Vital statistics of India. Vol. IV, Annual returns from 1871 to 1876. British Army of India, Native Army and jails of Bengal
Year: 1871
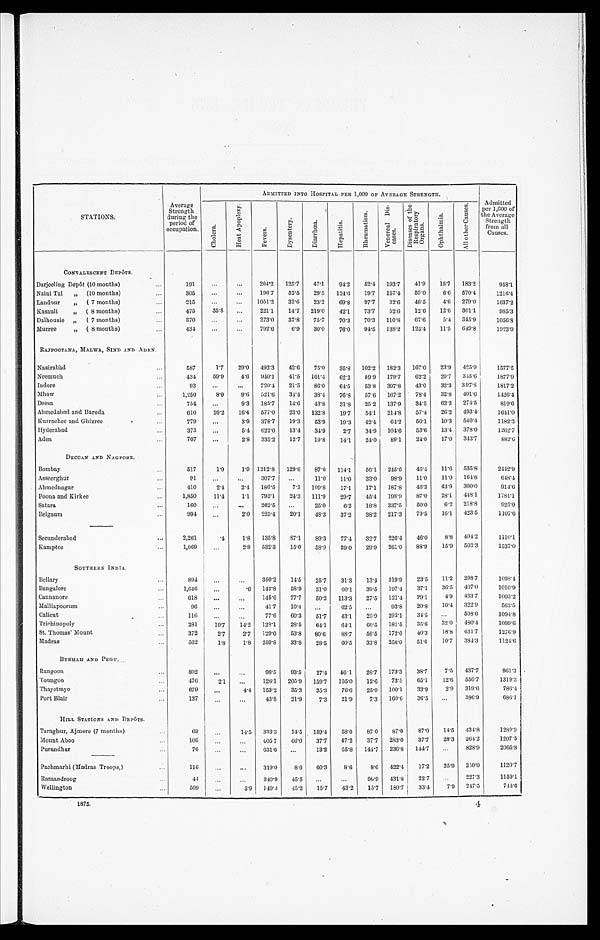
STATIONS.
Average
Strength
during the
period of
occupation.
ADMITTED INTO HOSPITAL PER 1, 000 OF AVERAGE STRENGTH.
Admitted
per 1,000 of t h e A v e r a g e
Strength from all
Causes.
C h o l e r a .
H e a r t A p o p l e x y .
F e v e r s .
D y s e n t e r y .
D i a r r h œ a .
H e p a t i t i s .
R h e u m a t i s m .
Veneral Di s-
eases.
D i s e a s e s o f t h e
R e s p i r a t o r y
O r g a n s .
O p h t h a l m i a .
A l l o t h e r C a u s e s .
CONVALESCENT DEPÔTS.
Darjeeling Depôt (10 months)
1 9 1
204.2 125.7 47.1 94. 2 52. 4 193.7 4 1 . 9
15. 7 183.2
958. 1
Naini Tal „ (10 months)
305
196.7 52.5 29.5 124.6 19. 7 157.4 5 9 . 0
6. 6 570.4 1216. 4
Landour „ (7 months)
215
1051.9 32.6 23.2 69.8 97. 7 32.6 4 6 . 5
4. 6 279.0 1637. 2
Kasauli „ (8 months)
475 35.8
221.1 14.7 219.0 42.1 73. 7 52.6 1 2 . 6 12. 6 301.1
985. 3
Dalhousie „ (7 months)
370
273.0 37.8 75.7 70.3 70. 3 110.8 67. 6
5. 4 345.9 1056. 8
Murree „ (8 months)
434
792.6
6 . 9 30.0 76.0 94. 5 138.2 124. 4
11. 5 649.8 1923. 9
RAJPOOTANA, MALWA, SIND AND ADEN.
Nasirabàd
587 1.7 29.0 492.3 42.6 75.0 35.8 102. 2 182.3 167. 0
23. 9 425.9 1577. 5
Neemuch
434 59.9 4.6 940.1 41.5 101.4 62.2 89. 9 179.7 62.2 20. 7 345.6 1877. 9
Indore
93
720.4 21.5 86.0 64.5 53. 8 397.8 43.0 32. 3 397.8 1817. 2
Mhow
1 , 2 5 0 8.0 9.6 5 2 1 . 6 34.4 38.4 76.8 57. 6 167.2 78.4 32. 8 401.6 1426. 4
Deesa
754
9.3 185.7 14.6 43.8 31.8 25.2 137.9 34.5 62. 3 274.5
819. 6
Ahmedabad and Baroda610 26.2 16.4 577.0 23.0 132.8 19.7 5 4 . 1 214.8 57.4 26. 2 493.4 1641.0
Kurrachee and Ghizree
779
3.9 378.7 19.3 53.9 19.3 42.4 64.2 50.1 10. 3 540.4 1182.3
Hyderabad
373
5.4 622. 0 13.4 34.9 2.7 34.9 104.6 53.6 13. 4 378.0 1262.7
Aden
707
2.8 335.2 12.7 19.8 14.1 24.0 89.1 24.0 17.0 843. 7
882.6
DECCAN AND NAGPORE.
Bombay
517
1.9 1.9 1212.8 129.6 87.0 114.1 56.1 245.6 46.4 11.6 535.8 2442.9
Asseerghur
91
307.7
11.0 11.0 33.0 98.9 11.0 11.0 164.8
648.4
Ahmednagar
410
2.4 2.4 180.5 7.3 109.8 17.1 17.1 187.8 46.3 43.9 300.0
914.6
Poona and Kirkee
1 , 8 5 0 11.4 1.1 795.1 24.3 111.9 29.7 45.4 198.9 87.0 28.1 448.1 1781.1
Satara
160
262.5
25.0 6.2 18.8 337.5 50.0 6.2 218.8
925.0
Belgaum
994
2 . 0
225.4 20.1 48.3 37.2 38.2 217.3 79.5 16.1 423.5 1107.6
Secunderabad
2,261
.4 1.8 135.8 87.1 89.3 77.4 32.7 226.4 46.0 8.8 404.2
1110.1
Kamptee
1,069
2.8 532.3 15.0 58.9 29.0 29.9 261.0 88.9 15.9 503.3 1537.0
SOUTHERN INDIA.
B e l l a r y
8 9 4
360.2 14.5 25.7 31.3 13.4 319.9 23.5 11. 2 298.7 1098.4
Bangalore
1 , 6 4 6
.6 142.8 58.9 31.0 60.1 39.5 197.4 37.1 36.5 407.0 1010.9
Cannanore
618
145.6 77.7 50.2 113.3 27.5 121.4 29.1 4.9 433.7 1003.2
Malliapoorum
96
41.7 10.4
62.5
93.8 20.8 10.4 322.9
562.5
Calicut
116
77.6 60.3 51.7 43.1 25.9 293.1 34.5
508.6 1094.8
Trichinopoly
281 10.7 14.2 128.1 28.5 64.1 64.1 60.5 181.5 35.6 32.0 480.4
1099.6
St. Thomas' Mount
372 2.7 2.7 129.0 53.8 80.6 88.7 56.5 172.0
4 0 . 3 18.8 631.7
1276.9
Madras
562
1 . 8 1.8 259.8 33.8 28.5 60.5 33.8 258.0 51.6 10.7 384.3 1124.6
BURMAH AND PEGU.
Rangoon
802
98.5 93.5 27.4 56.1 28.7 173.3 38.7 7.5 437.7
961.3
Toungoo
4 7 6 2.1
126.1 205.9 159.7 105.0 12.6 73.5 65.1 12.6 556.7 1319.3
Thayetmyo
679
4.4 153.2 35.3 35.3 76.6 25.0 100.1 33.9 2.9 319.6
786.4
Port Blair
137
43.8 21.9 7.3 21.9 7.3 160.6 36.5
386.9
686.1
HILL STATIONS AND DEPÔTS.
Taraghur, Ajmere (7 months)
69
14.5 333.3 14.5 159.4 58.0 87.0 87.0 87. 0 14.5 434.8 1289.9
Mount Aboo
106
405. 7 66.0 37.7 47.2 37.7 283.0 37. 7 28.3 264.2 1207.5
Purandhar
7 6
631.6
13.2 65.8 144.7 236.8 144.7
828.9 2065.8
Pachmarhi (Madras Troops,)
116
319.0 8.6 60.3 8.6 8.6 422.4 17. 2 25.9 250.0 1120.7
Ramandroog
4 4
340.9 45.5
96.9 431.8 22. 7
227.3 1159.1
Wellington
509
5.9 149.3 45.2 15.7 43.2 15.7 180.7 33. 4 7.9 247.5
744.6
1 8 7 5 .
4